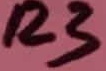
Text: R3